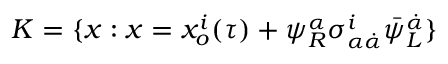
{ K } = \{ x : x = x _ { o } ^ { i } ( \tau ) + \psi _ { R } ^ { \alpha } \sigma _ { \alpha \dot { \alpha } } ^ { i } \bar { \psi } _ { L } ^ { \dot { \alpha } } \}